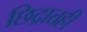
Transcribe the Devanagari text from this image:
छिद्रातही